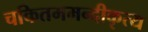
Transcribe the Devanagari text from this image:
चकितममन्दीकृत्य